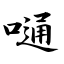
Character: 嗵